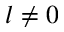
l \neq 0